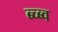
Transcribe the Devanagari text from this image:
ब्च्ब्व